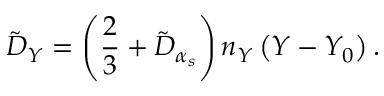
\tilde { D } _ { Y } = \left( \frac { 2 } { 3 } + \tilde { D } _ { \alpha _ { s } } \right) n _ { Y } \left( Y - Y _ { 0 } \right) .